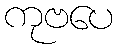
ကုဗပေ